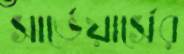
সার্ভেয়ার্সের